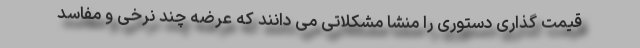
قیمت گذاری دستوری را منشا مشکلاتی می دانند که عرضه چند نرخی و مفاسد